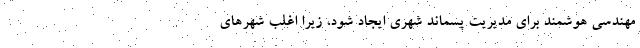
مهندسی هوشمند برای مدیریت پسماند شهری ایجاد شود، زیرا اغلب شهرهای